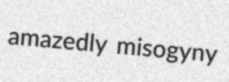
amazedly misogyny